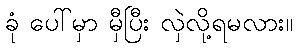
ခုံ ပေါ်မှာ မှီပြီး လှဲလို့ရမလား။